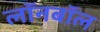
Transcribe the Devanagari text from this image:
लॉनबॉल